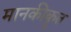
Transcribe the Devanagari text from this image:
मानकीकॄत